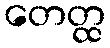
တေတ္ထ